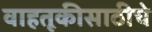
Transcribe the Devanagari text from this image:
वाहतूकीसाठीचे